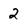
Character: 2